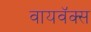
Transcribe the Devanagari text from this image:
वायवॅक्स